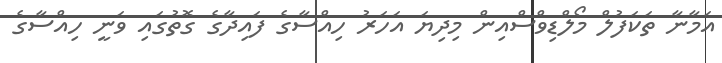
އަމާނާ ތަކަފުލް މޯލްޑިވްސްއިން މިދިޔަ އަހަރު ހިއްސާގެ ފައިދާގެ ގޮތުގައި ވަނީ ހިއްސާގެ